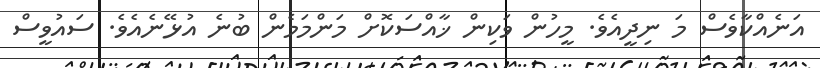
އަނެއްކާވެސް މަ ނިދީއެވެ. މީހުން ވަކިން ޚާއްސަކޮށް މަންމަމެން ބުނެ އުޅޭނެއެވެ. ސައުވީސް